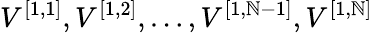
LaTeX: V^{[{1},{1}]},V^{[{1},{2}]},\ldots,V^{[{1},{\mathbb{N}-1}]},V^{[{1},{\mathbb{N}}]}